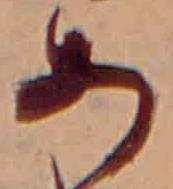
あ